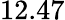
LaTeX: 12.47